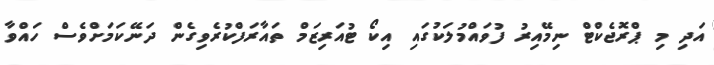
އަދި މި ޕްރޮޖެކްޓް ނިމޭއިރު ފުވައްމުލަކުގައި އިކޯ ޓުއަރިޒަމް ތައާރަފްކުރެވިގެން ދަނޭކަމަށްވެސް ހައްވާ